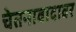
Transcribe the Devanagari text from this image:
चेतनावादावर